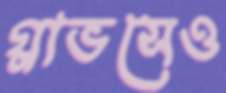
গ্লাভসেও